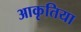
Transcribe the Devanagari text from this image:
आकृतिया